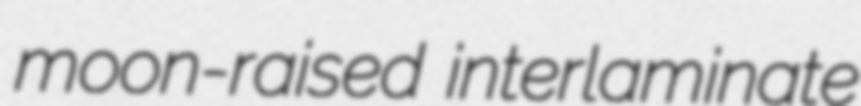
moon-raised interlaminate